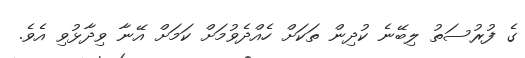
ގެ ފުރުސަތު ލިބޭނެ ކުދިން ތަކަށް ހެއްދެވުމަށް ކަމަށް އޭނާ ވިދާޅުވި އެވެ.